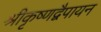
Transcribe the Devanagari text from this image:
श्रीकृष्णद्वैपायन